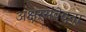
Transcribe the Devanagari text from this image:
अक्षरसंवेदना